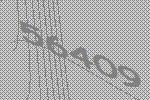
56409